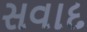
સવાદ